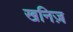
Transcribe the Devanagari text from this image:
खनिज़